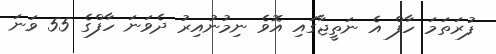
ފުރަތަމަ ހާފް އެ ނަތީޖާގައި އޮވެ ނިމުނުއިރު ދެވަނަ ހާފްގެ 55 ވަނަ